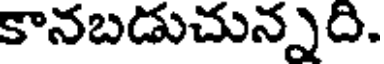
కానబడుచున్నది.